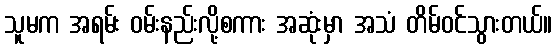
သူမက အရမ်း ဝမ်းနည်းလို့စကား အဆုံးမှာ အသံ တိမ်ဝင်သွားတယ်။